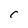
Character: c